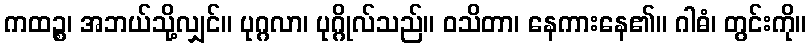
ကထဉ္စ၊ အဘယ်သို့လျှင်။ ပုဂ္ဂလာ၊ ပုဂ္ဂိုလ်သည်။ ဝသိတာ၊ နေကားနေ၏။ ဂါဓံ၊ တွင်းကို။